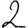
Digit: 2